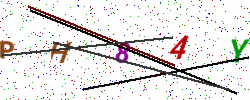
Text: PH84Y